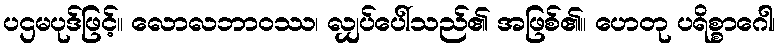
ပဌမပုဒ်ဖြင့်။ လောလဘာဝဿ၊ လျှပ်ပေါ်သည်၏ အဖြစ်၏။ ဟေတု ပရိစ္စာဂေါ၊